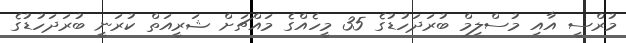
މުރްސީ އާއި މުސްލިމް ބުރަދަހުޑުގެ 35 މީހެއްގެ މައްޗަށް ޝަރީއަތް ކުރަނީ ބުރަދަހުޑުގެ